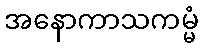
အနောကာသကမ္မံ